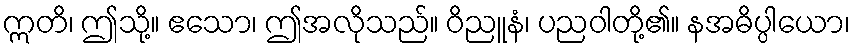
ဣတိ၊ ဤသို့။ ဧသော၊ ဤအလိုသည်။ ဝိညူနံ၊ ပညဝါတို့၏။ နအဓိပ္ပါယော၊